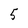
Character: 5